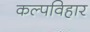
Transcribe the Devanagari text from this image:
कल्पविहार